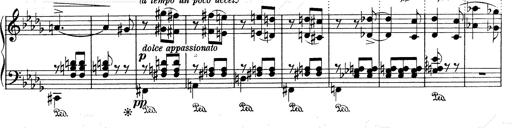
Title: Mephisto Waltz No.1
Composer: Franz Liszt